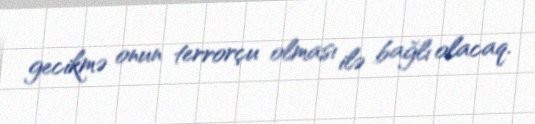
gecikmə onun terrorçu olması ilə bağlı olacaq.